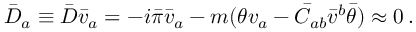
\bar { D } _ { a } \equiv \bar { D } \bar { v } _ { a } = - i \bar { \pi } \bar { v } _ { a } - m ( \theta v _ { a } - \bar { C } _ { a b } \bar { v } ^ { b } \bar { \theta } ) \approx 0 \, .